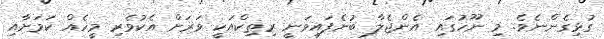
ގުޅިގެންނެވެ. މި ނޫހުގައި އެންޖެލާ ބުނެފައިވަނީ ރިތިކްއަކީ ވަރަށް އެކުވެރި މީހެއް ކަމަށާއި